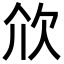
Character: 㰡